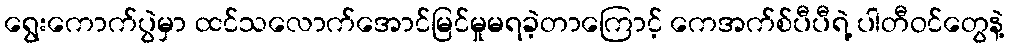
ရွေးကောက်ပွဲမှာ ထင်သလောက်အောင်မြင်မှုမရခဲ့တာကြောင့် ကေအက်စ်ပီပီရဲ့ ပါတီဝင်တွေနဲ့